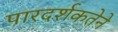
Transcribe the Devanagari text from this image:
पारदर्शकतेने